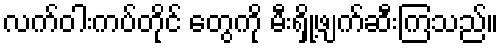
လက်ဝါးကပ်တိုင် တွေကို မီးရှို့ဖျက်ဆီးကြသည်။